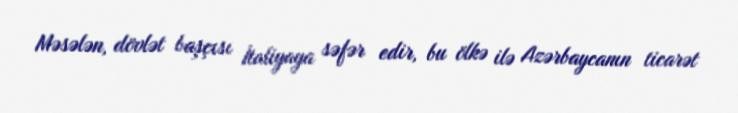
Məsələn, dövlət başçısı İtaliyaya səfər edir, bu ölkə ilə Azərbaycanın ticarət